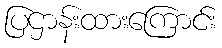
ပြဌာန်းထားကြောင်း